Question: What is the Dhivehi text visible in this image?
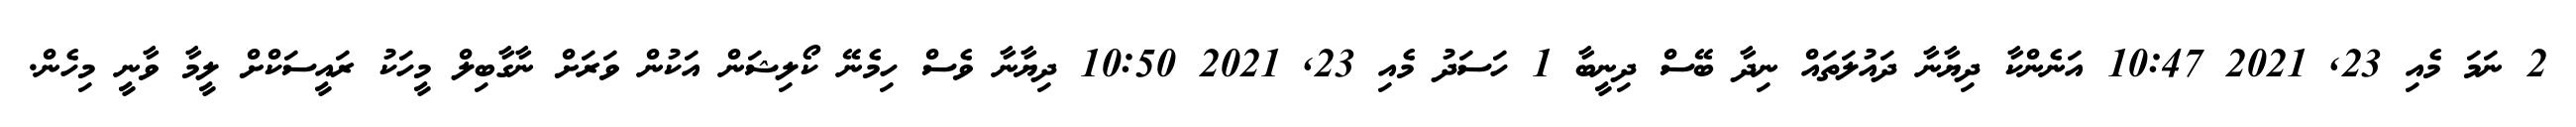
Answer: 2 ނަމަ މެއި 23, 2021 10:47 އަނެންކާ ދިޔާނާ ދައުލަތައް ނިދާ ބޭސް ދިނީބާ 1 ހަސަދު މެއި 23, 2021 10:50 ދިޔާނާ ވެސް ހިމެނޭ ކޯލިޝަން އަކުން ވަރަށް ނާގާބިލް މީހަކު ރައީސަކްށް ލީމާ ވާނީ މިހެން.